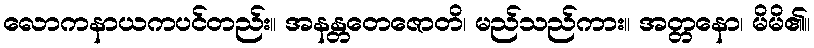
လောကနာယကပင်တည်း။ အနန္တတေဇောတိ၊ မည်သည်ကား။ အတ္တနော၊ မိမိ၏။